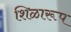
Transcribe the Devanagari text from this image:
शिळारूप